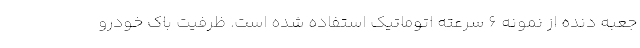
جعبه دنده از نمونه 6 سرعته اتوماتیک استفاده شده است. ظرفیت باک خودرو